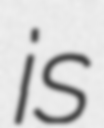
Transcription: is